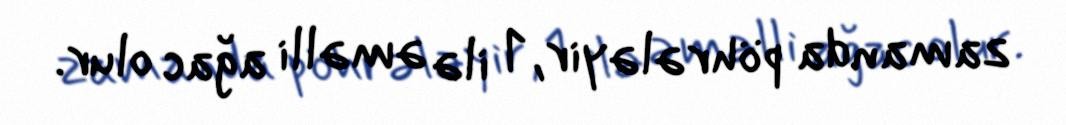
zamanda pöhrələyir, 1 ilə əməlli ağac olur.